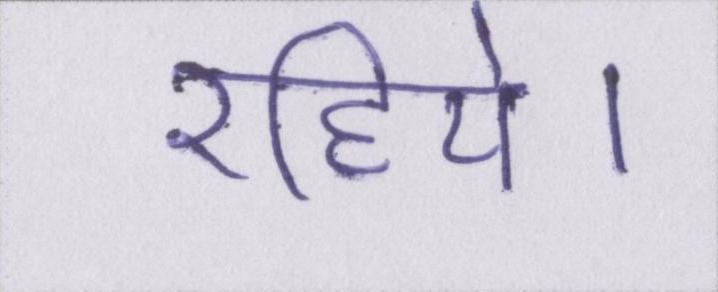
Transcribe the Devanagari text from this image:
रहिये।